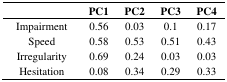
|  | PC1 | PC2 | PC3 | PC4 |
 | --- | --- | --- | --- | --- |
 | Impairment | 0.56 | 0.03 | 0.1 | 0.17 |
 | Speed | 0.58 | 0.53 | 0.51 | 0.43 |
 | Irregularity | 0.69 | 0.24 | 0.03 | 0.03 |
 | Hesitation | 0.08 | 0.34 | 0.29 | 0.33 |